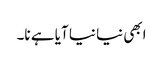
ابھی نیا نیا آیا ہے نا۔